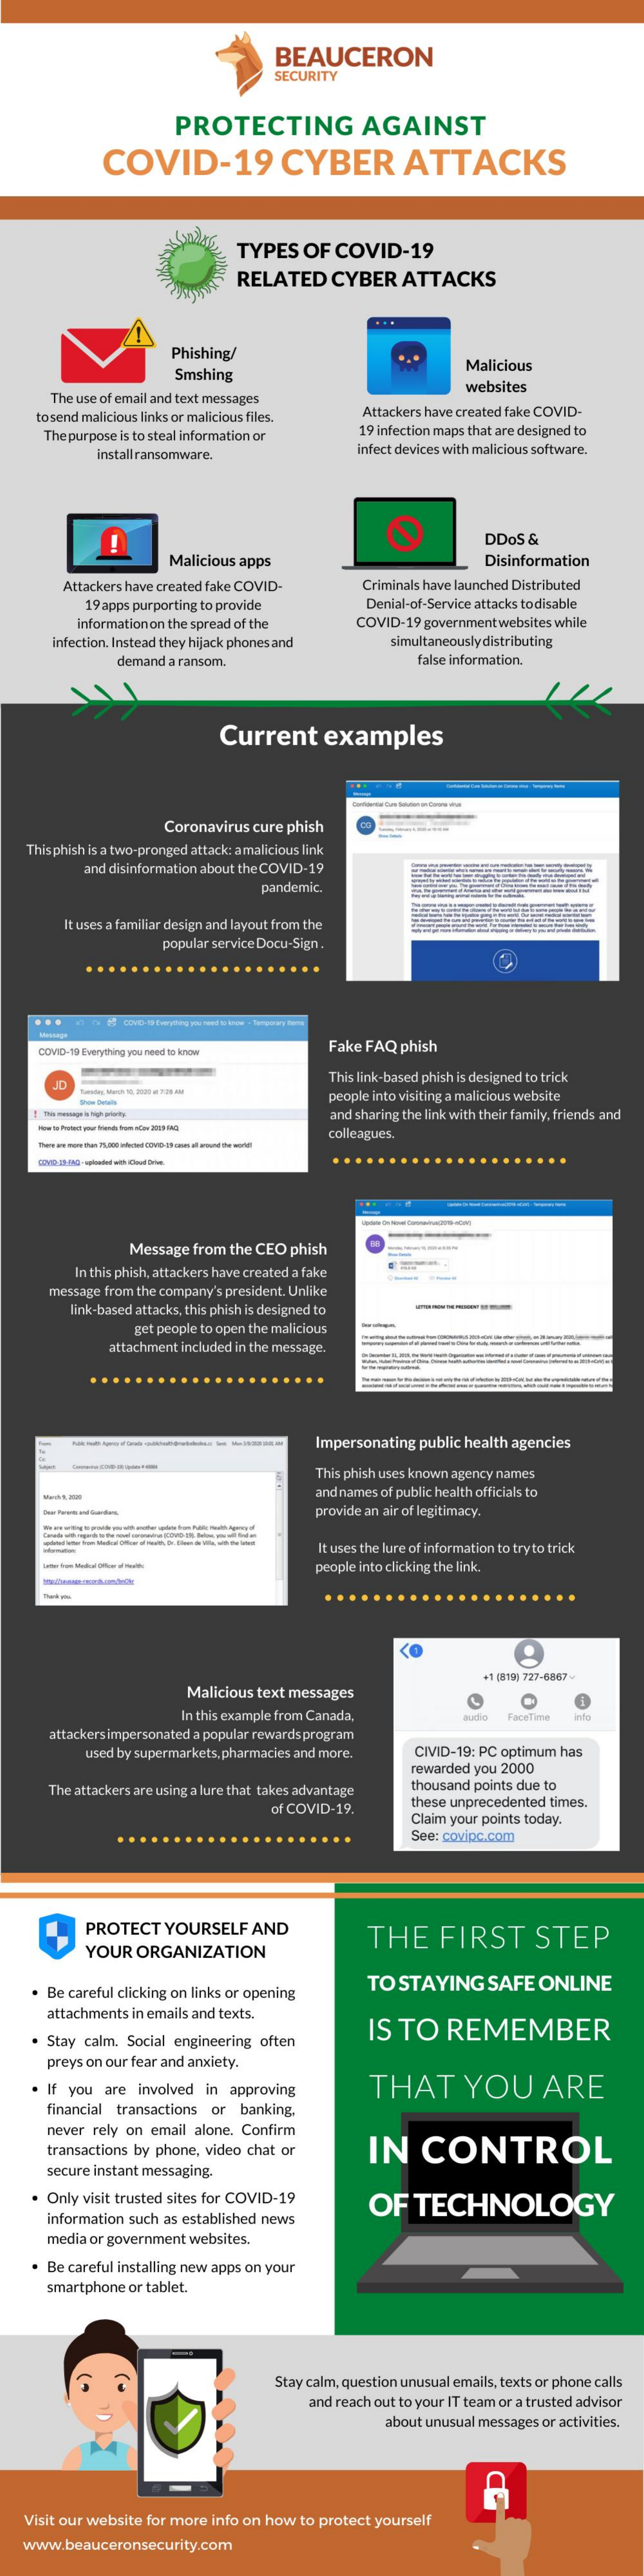
BEAUCERON
     SECURITY
     PROTECTING    AGAINST
     COVID-19    CYBER    ATTACKS
     TYPES   OF  COVID-19
     RELATED   CYBER    ATTACKS
     Phishing/
     Smshing
     Malicious
     The use of email and text messages
     websites
     tosend malicious links or malicious files. Attackers have created fake COVID-
     Thepurpose is to steal information or 19 infection maps that are designed to
     install ransomware.    infect devices with malicious software.
     !    DDOS &
     Malicious apps    Disinformation
     Attackers have created fake COVID-   Criminals have launched Distributed
     19 apps purporting to provide    Denial-of-Service attacks to disable
     information on the spread of the  COVID-19 government websites while
     infection. Instead they hijack phones and simultaneously distributing
     demand a ransom.    false information.
     Current    examples
     Coronavirus cure phish
   This phish is a two-pronged attack: a malicious link
     and disinformation about the COVID-19
     pandemic
     It uses a familiar design and layout from the
     popular service Docu-Sign.
     ..
     Message
     COVID-19 Everything you need to know
     Fake FAQ phish
     This link-based phish is designed to trick
     JD
     people into visiting a malicious website
     and sharing the link with their family, friends and
     colleagues.
     Message from the CEO phish
     In this phish, attackers have created a fake
     message from the company's president. Unlike
     link-based attacks, this phish is designed to
     get people to open the malicious
     attachment included in the message.
     -
     Impersonating public health agencies
     This phish uses known agency names
     and names of public health officials to
     provide an air of legitimacy.
     It uses the lure of information to try to trick
     people into clicking the link.
     +1 (819| 727-6867
     Malicious text messages
     In this example from Canada,    FaceTime info
     attackersimpersonated a popular rewardsprogram
     used by supermarkets, pharmacies and more. CIVID-19: PC optimum has
     rewarded you 2000
     The attackers are using a lure that takes advantage thousand points due to
     of COVID-19.    these unprecedented times.
     Claim your points today.
     See: covipc.com
     PROTECT  YOURSELF   AND
     YOUR  ORGANIZATION
     THE    FIRST    STEP
     Be careful clicking on links or opening
     TO  STAYING    SAFE  ONLINE
     attachments in emails and texts.
     IS  TO   REMEMBER
     Stay calm. Social engineering often
     preys on our fear and anxiety.
     If you are involved in approving    THAT    YOU    ARE
     financial transactions or banking,
     never rely on email alone. Confirm
     transactions by phone, video chat or   IN    CONTROL
     secure instant messaging.
     Only visit trusted sites for COVID-19  OF    TECHNOLOGY
     information such as established news
     media or government websites.
     Be careful installing new apps on your
     smartphone or tablet.
     Stay calm, question unusual emails, texts or phone calls
     and reach out to your IT team or a trusted advisor
     about unusual messages or activities.
   Visit our website for more info on how to protect yourself
   www.beauceronsecurity.com